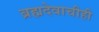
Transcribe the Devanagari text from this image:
ब्रह्मदेवाचीही